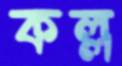
কল্ল